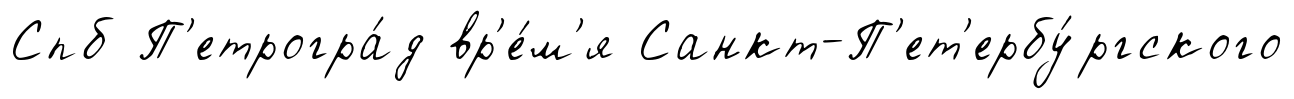
Спб П'етрогра́д вр'е́м'я Санкт-П'ет'ербу́ргского